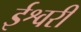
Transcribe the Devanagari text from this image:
ईश्वरीं